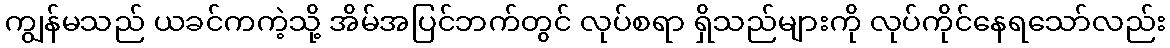
ကျွန်မသည် ယခင်ကကဲ့သို့ အိမ်အပြင်ဘက်တွင် လုပ်စရာ ရှိသည်များကို လုပ်ကိုင်နေရသော်လည်း